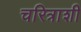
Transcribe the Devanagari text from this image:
चरित्राशी